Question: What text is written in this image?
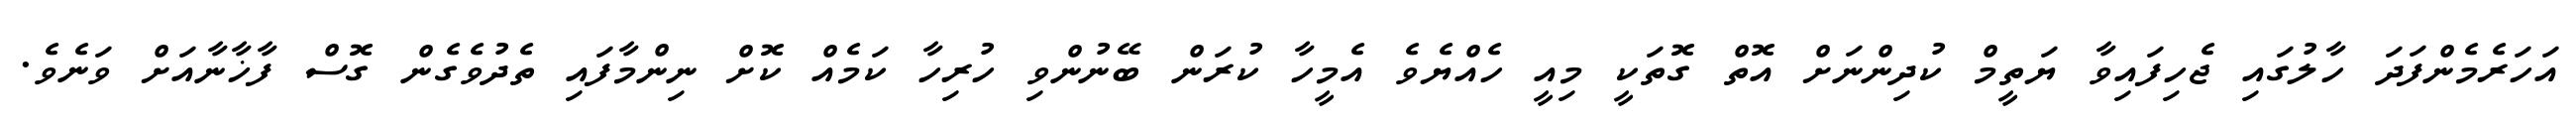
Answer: އަހަރެމެންފަދަ ހާލުގައި ޖެހިފައިވާ ޔަތީމް ކުދިންނަށް އޮތް ގޮތަކީ މިއީ ހެއްޔެވެ އެމީހާ ކުރަން ބޭނުންވި ހުރިހާ ކަމެއް ކޮށް ނިންމާފައި ތެދުވެގެން ގޮސް ފާޚާނާއަށް ވަނެވެ.